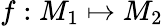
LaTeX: f:M_{1}\mapsto M_{2}